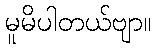
မူမိပါတယ်ဗျာ။